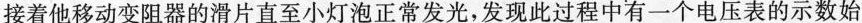
接着他移动变阻器的滑片直至小灯泡正常发光，发现此过程中有一个电压表的示数始